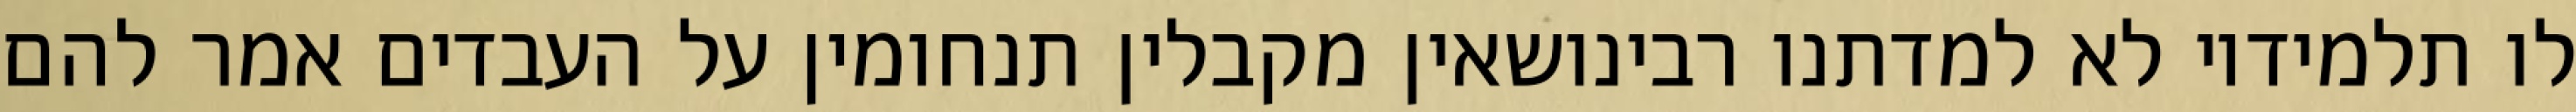
לו תלמידיו לא למדתנו רבינושאין מקבלין תנחומין על העבדים אמר להם